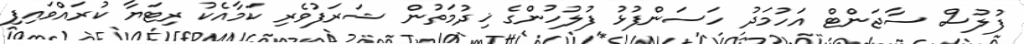
ފުލުސް ސާޖަންޓް އަހުމަދު ހަސަންފުޅު ފުލުހުންގެ ޚިދުމަތުން ޝަރަފުވެރި ކަމާއެކު ރިޓަޔާ ކުރައްވައިފި